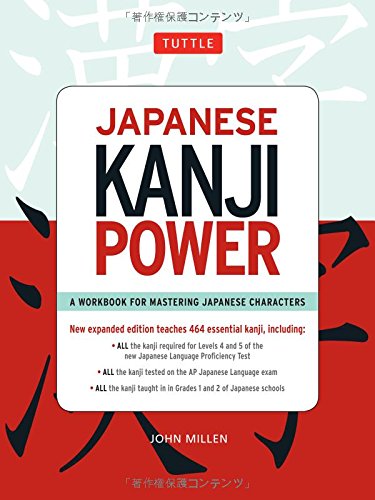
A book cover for Japanese Kanji Power: A Workbook for Mastering Japanese Characters; John Millen; Reference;